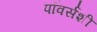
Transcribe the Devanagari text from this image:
पॉवर्सशी